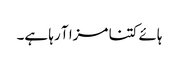
ہائے کتنا مزا آ رہا ہے۔